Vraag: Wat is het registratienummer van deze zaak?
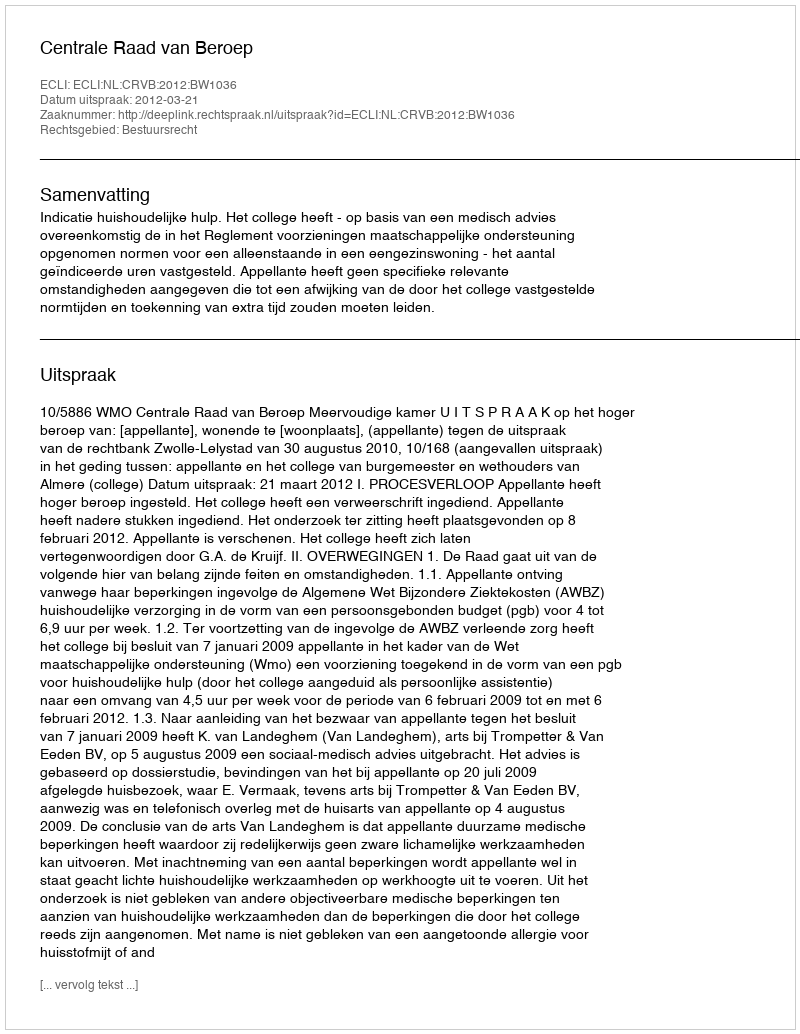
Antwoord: http://deeplink.rechtspraak.nl/uitspraak?id=ECLI:NL:CRVB:2012:BW1036